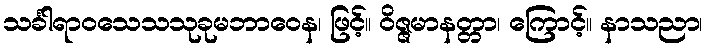
သင်္ခါရာဝသေသသုခုမဘာဝေန၊ ဖြင့်။ ဝိဇ္ဇမာနတ္တာ၊ ကြောင့်။ နာသညာ၊